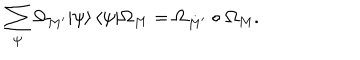
LaTeX: \sum _ { \psi } \Omega _ { M ^ { \prime } } | \psi \rangle \, \langle \psi | \Omega _ { M } = \Omega _ { M ^ { \prime } } \circ \Omega _ { M } .